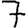
Digit: 7